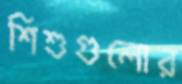
শিশুগুলোর